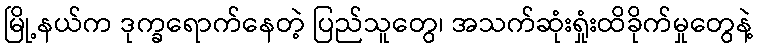
မြို့နယ်က ဒုက္ခရောက်နေတဲ့ ပြည်သူတွေ၊ အသက်ဆုံးရှုံးထိခိုက်မှုတွေနဲ့